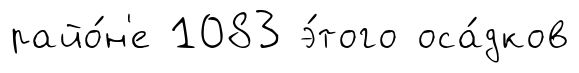
райо́н'е 1083 э́того оса́дков